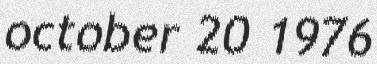
october 20 1976